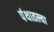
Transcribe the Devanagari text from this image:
पंथातल्या